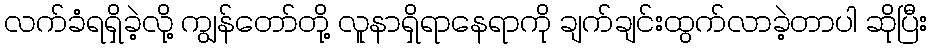
လက်ခံရရှိခဲ့လို့ ကျွန်တော်တို့ လူနာရှိရာနေရာကို ချက်ချင်းထွက်လာခဲ့တာပါ ဆိုပြီး